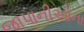
જાપાનીઓના